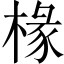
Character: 椽